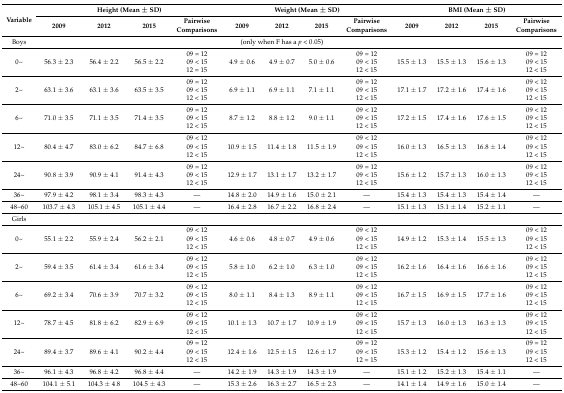
<table><thead><tr><td rowspan="2"><b>Variable</b></td><td colspan="4"><b>Height (Mean ± SD)</b></td><td colspan="4"><b>Weight (Mean ± SD)</b></td><td colspan="4"><b>BMI (Mean ± SD)</b></td></tr><tr><td><b>2009</b></td><td><b>2012</b></td><td><b>2015</b></td><td><b>Pairwise Comparisons</b></td><td><b>2009</b></td><td><b>2012</b></td><td><b>2015</b></td><td><b>Pairwise Comparisons</b></td><td><b>2009</b></td><td><b>2012</b></td><td><b>2015</b></td><td><b>Pairwise Comparisons</b></td></tr></thead><tbody><tr><td>Boys</td><td></td><td></td><td></td><td colspan="5">(only when F has a <i>p</i> &lt; 0.05)</td><td></td><td></td><td></td><td></td></tr><tr><td>0~</td><td>56.3 ± 2.3</td><td>56.4 ± 2.2</td><td>56.5 ± 2.2</td><td>09 = 1209 &lt; 1512 = 15</td><td>4.9 ± 0.6</td><td>4.9 ± 0.7</td><td>5.0 ± 0.6</td><td>09 = 1209 &lt; 1512 &lt; 15</td><td>15.5 ± 1.3</td><td>15.5 ± 1.3</td><td>15.6 ± 1.3</td><td>09 = 1209 &lt; 1512 &lt; 15</td></tr><tr><td>2~</td><td>63.1 ± 3.6</td><td>63.1 ± 3.6</td><td>63.5 ± 3.5</td><td>09 = 1209 &lt; 1512 &lt; 15</td><td>6.9 ± 1.1</td><td>6.9 ± 1.1</td><td>7.1 ± 1.1</td><td>09 = 1209 &lt; 1512 &lt; 15</td><td>17.1 ± 1.7</td><td>17.2 ± 1.6</td><td>17.4 ± 1.6</td><td>09 &lt; 1209 &lt; 1512 &lt; 15</td></tr><tr><td>6~</td><td>71.0 ± 3.5</td><td>71.1 ± 3.5</td><td>71.4 ± 3.5</td><td>09 = 1209 &lt; 1512 &lt; 15</td><td>8.7 ± 1.2</td><td>8.8 ± 1.2</td><td>9.0 ± 1.1</td><td>09 &lt; 1209 &lt; 1512 &lt; 15</td><td>17.2 ± 1.5</td><td>17.4 ± 1.6</td><td>17.6 ± 1.5</td><td>09 &lt; 1209 &lt; 1512 &lt; 15</td></tr><tr><td>12~</td><td>80.4 ± 4.7</td><td>83.0 ± 6.2</td><td>84.7 ± 6.8</td><td>09 &lt; 1209 &lt; 1512 &lt; 15</td><td>10.9 ± 1.5</td><td>11.4 ± 1.8</td><td>11.5 ± 1.9</td><td>09 &lt; 1209 &lt; 1512 &lt; 15</td><td>16.0 ± 1.3</td><td>16.5 ± 1.3</td><td>16.8 ± 1.4</td><td>09 &lt; 1209 &lt; 1512 &lt; 15</td></tr><tr><td>24~</td><td>90.8 ± 3.9</td><td>90.9 ± 4.1</td><td>91.4 ± 4.3</td><td>09 = 1209 &lt; 1512 &lt; 15</td><td>12.9 ± 1.7</td><td>13.1 ± 1.7</td><td>13.2 ± 1.7</td><td>09 = 1209 &lt; 1512 &lt; 15</td><td>15.6 ± 1.2</td><td>15.7 ± 1.3</td><td>16.0 ± 1.3</td><td>09 &lt; 1209 &lt; 1512 &lt; 15</td></tr><tr><td>36~</td><td>97.9 ± 4.2</td><td>98.1 ± 3.4</td><td>98.3 ± 4.3</td><td>—</td><td>14.8 ± 2.0</td><td>14.9 ± 1.6</td><td>15.0 ± 2.1</td><td>—</td><td>15.4 ± 1.3</td><td>15.4 ± 1.3</td><td>15.4 ± 1.4</td><td>—</td></tr><tr><td>48~60</td><td>103.7 ± 4.3</td><td>105.1 ± 4.5</td><td>105.1 ± 4.4</td><td>—</td><td>16.4 ± 2.8</td><td>16.7 ± 2.2</td><td>16.8 ± 2.4</td><td>—</td><td>15.1 ± 1.3</td><td>15.1 ± 1.4</td><td>15.2 ± 1.1</td><td>—</td></tr><tr><td>Girls</td><td></td><td></td><td></td><td></td><td></td><td></td><td></td><td></td><td></td><td></td><td></td><td></td></tr><tr><td>0~</td><td>55.1 ± 2.2</td><td>55.9 ± 2.4</td><td>56.2 ± 2.1</td><td>09 &lt; 1209 &lt; 1512 &lt; 15</td><td>4.6 ± 0.6</td><td>4.8 ± 0.7</td><td>4.9 ± 0.6</td><td>09 &lt; 1209 &lt; 1512 &lt; 15</td><td>14.9 ± 1.2</td><td>15.3 ± 1.4</td><td>15.5 ± 1.3</td><td>09 &lt; 1209 &lt; 1512 &lt; 15</td></tr><tr><td>2~</td><td>59.4 ± 3.5</td><td>61.4 ± 3.4</td><td>61.6 ± 3.4</td><td>09 &lt; 1209 &lt; 1512 &lt; 15</td><td>5.8 ± 1.0</td><td>6.2 ± 1.0</td><td>6.3 ± 1.0</td><td>09 &lt; 1209 &lt; 1512 &lt; 15</td><td>16.2 ± 1.6</td><td>16.4 ± 1.6</td><td>16.6 ± 1.6</td><td>09 &lt; 1209 &lt; 1512 &lt; 15</td></tr><tr><td>6~</td><td>69.2 ± 3.4</td><td>70.6 ± 3.9</td><td>70.7 ± 3.2</td><td>09 &lt; 1209 &lt; 1512 &lt; 15</td><td>8.0 ± 1.1</td><td>8.4 ± 1.3</td><td>8.9 ± 1.1</td><td>09 &lt; 1209 &lt; 1512 &lt; 15</td><td>16.7 ± 1.5</td><td>16.9 ± 1.5</td><td>17.7 ± 1.6</td><td>09 &lt; 1209 &lt; 1512 &lt; 15</td></tr><tr><td>12~</td><td>78.7 ± 4.5</td><td>81.8 ± 6.2</td><td>82.9 ± 6.9</td><td>09 &lt; 1209 &lt; 1512 &lt; 15</td><td>10.1 ± 1.3</td><td>10.7 ± 1.7</td><td>10.9 ± 1.9</td><td>09 &lt; 1209 &lt; 1512 &lt; 15</td><td>15.7 ± 1.3</td><td>16.0 ± 1.3</td><td>16.3 ± 1.3</td><td>09 &lt; 1209 &lt; 1512 &lt; 15</td></tr><tr><td>24~</td><td>89.4 ± 3.7</td><td>89.6 ± 4.1</td><td>90.2 ± 4.4</td><td>09 = 1209 &lt; 1512 &lt; 15</td><td>12.4 ± 1.6</td><td>12.5 ± 1.5</td><td>12.6 ± 1.7</td><td>09 = 1209 &lt; 1512 = 15</td><td>15.3 ± 1.2</td><td>15.4 ± 1.2</td><td>15.6 ± 1.3</td><td>09 = 1209 &lt; 1512 &lt; 15</td></tr><tr><td>36~</td><td>96.1 ± 4.3</td><td>96.8 ± 4.2</td><td>96.8 ± 4.4</td><td>—</td><td>14.2 ± 1.9</td><td>14.3 ± 1.9</td><td>14.3 ± 1.9</td><td>—</td><td>15.1 ± 1.2</td><td>15.2 ± 1.3</td><td>15.4 ± 1.1</td><td>—</td></tr><tr><td>48~60</td><td>104.1 ± 5.1</td><td>104.3 ± 4.8</td><td>104.5 ± 4.3</td><td>—</td><td>15.3 ± 2.6</td><td>16.3 ± 2.7</td><td>16.5 ± 2.3</td><td>—</td><td>14.1 ± 1.4</td><td>14.9 ± 1.6</td><td>15.0 ± 1.4</td><td>—</td></tr></tbody></table>